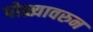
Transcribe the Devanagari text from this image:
पोळ्यावरुन